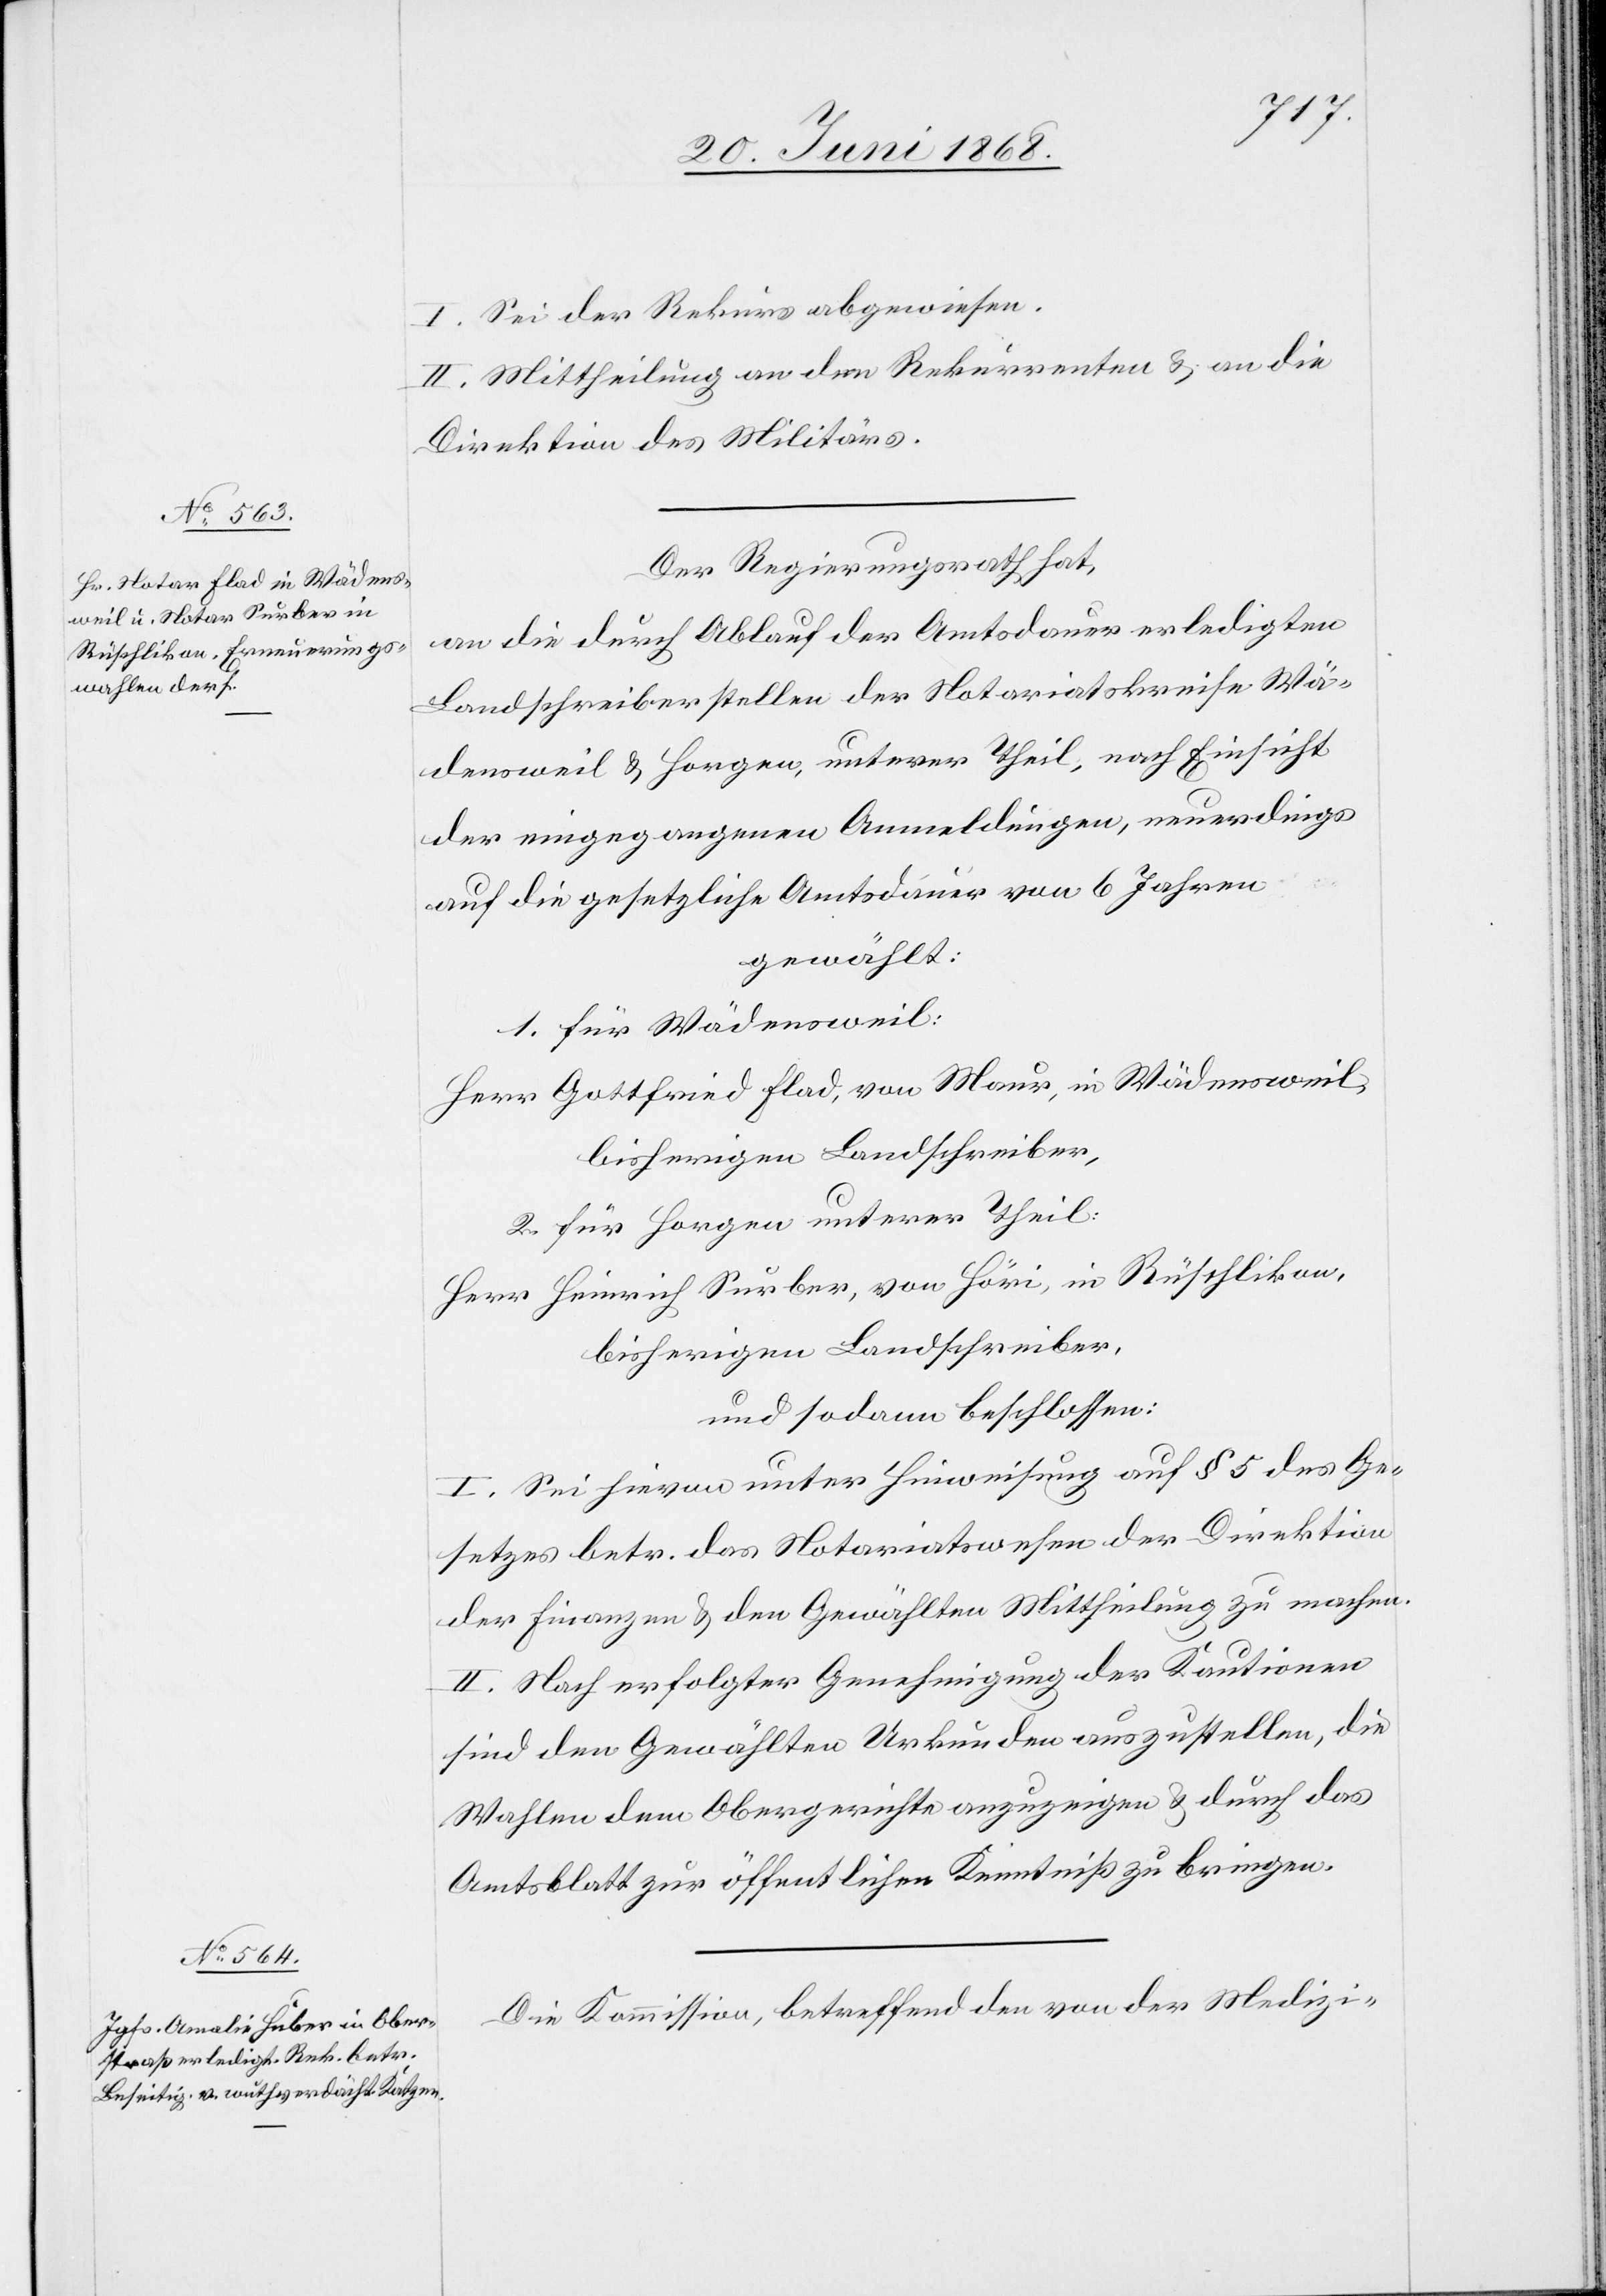
I. Sei der Rekurs abgewiesen.
II. Mittheilung an den Rekurrenten & an die
Direktion des Militärs.
Der Regierungsrath hat,
an die durch Ablauf der Amtsdauer erledigten
Landschreiberstellen der Notariatskreise Wä¬
densweil & Horgen, unterer Theil, nach Einsicht
der eingegangenen Anmeldungen, neuerdings
auf die gesetzliche Amtsdauer von 6 Jahren
gewählt:
1. für Wädensweil:
Herr Gottfried Flad, von Maur, in Wädensweil,
bisherigen Landschreiber,
2. für Horgen unterer Theil:
Herr Heinrich Surber, von Höri, in Rüschlikon,
bisherigen Landschreiber,
und sodann beschlossen:
I. Sei hievon unter Hinweisung auf § 5 des Ge¬
setzes betr. das Notariatswesen der Direktion
der Finanzen & den Gewählten Mittheilung zu machen.
II. Nach erfolgter Genehmigung der Kautionen
sind den Gewählten Urkunden auszustellen, die
Wahlen dem Obergerichte anzuzeigen & durch das
Amtsblatt zur öffentlichen Kenntniß zu bringen.
Die Kommission, betreffend den von der Medizi-